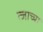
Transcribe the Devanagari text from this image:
त्जाच्या